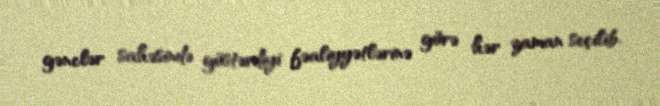
gənclər sahəsində göstərdiyi fəaliyyətlərinə görə hər zaman seçilib.